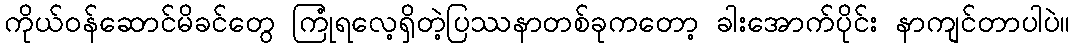
ကိုယ်ဝန်ဆောင်မိခင်တွေ ကြုံရလေ့ရှိတဲ့ပြဿနာတစ်ခုကတော့ ခါးအောက်ပိုင်း နာကျင်တာပါပဲ။